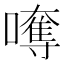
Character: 𡁯